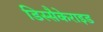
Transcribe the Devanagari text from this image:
डिस्सैकेराइड